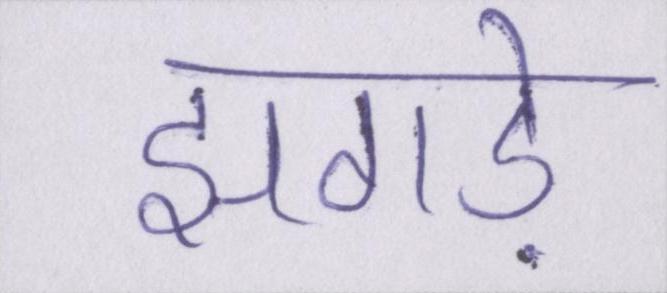
झगड़े